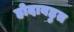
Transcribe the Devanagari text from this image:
होदाबहुत